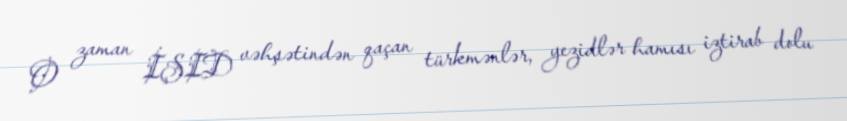
O zaman İŞID vəhşətindən qaçan türkmənlər, yezidlər hamısı iztirab dolu